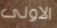
الاولى